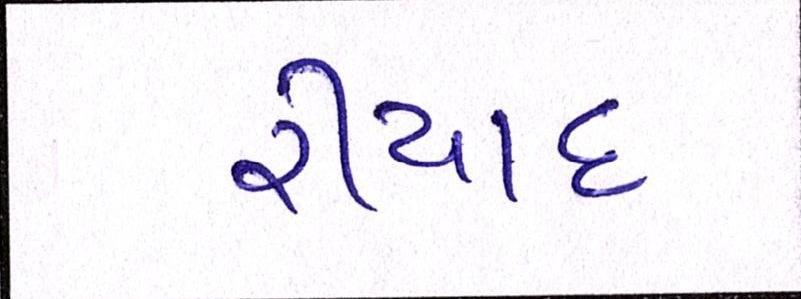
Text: રીયાદ